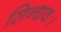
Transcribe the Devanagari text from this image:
सिन्धवः।